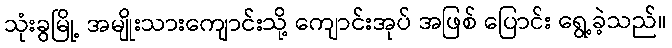
သုံးခွမြို့ အမျိုးသားကျောင်းသို့ ကျောင်းအုပ် အဖြစ် ပြောင်း ရွေ့ခဲ့သည်။